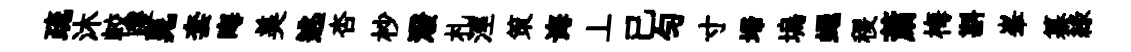
疏沐較躞晁套晦美逃杏杪潑札涇策诲丄已匀寸埽塢蠅稷䔥梅斟峯纂緑